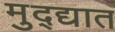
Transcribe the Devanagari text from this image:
मुद्द्यात